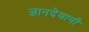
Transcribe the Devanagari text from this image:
ज्ञानदेवानी